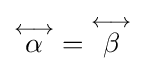
{\textstyle {\overset {\scriptstyle \longleftrightarrow }{\alpha }}={\overset {\scriptstyle \longleftrightarrow }{\beta }}}